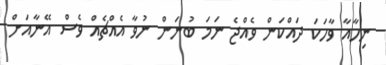
ނިހާއާ ވާހަކަ ދައްކަން ވެއްޖެ ނަމަ ބުނަން ނުވާ އެއްޗެއް ވެސް އޭނާއަށް